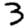
Digit: 3